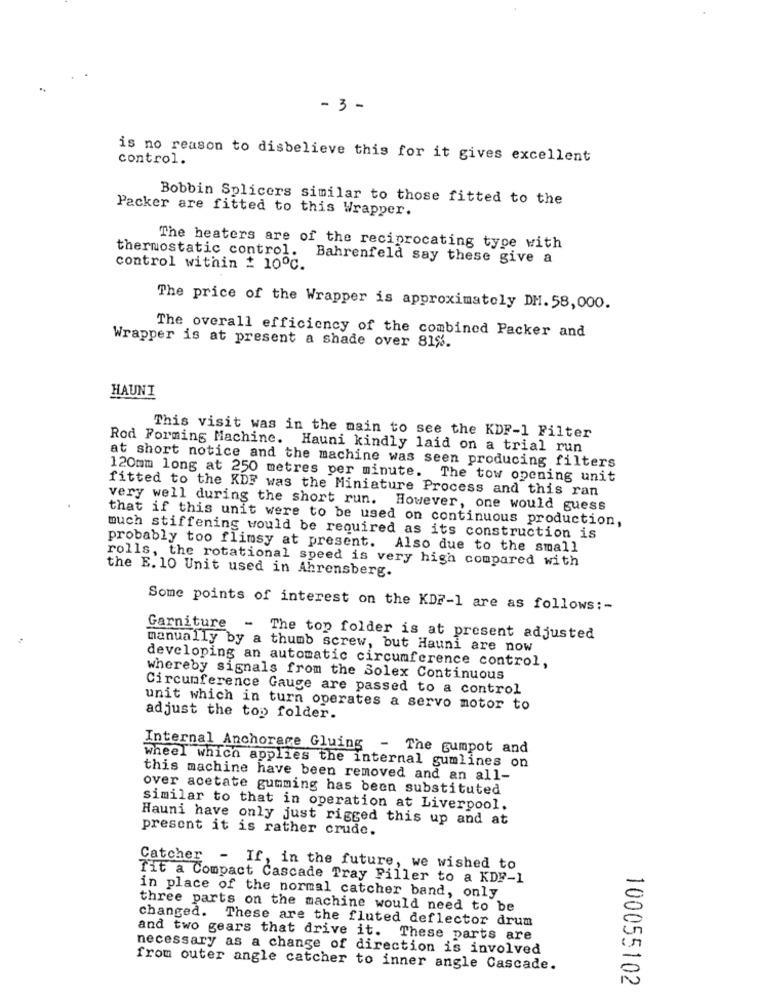
- 3 -
control.
is no reason to disbelieve this for it gives excellent
Bobbin Splicers similar to those fitted to the
Packer are fitted to this Wrapper.
thermostatic control.
The heaters are of the reciprocating type with
Bahrenfeld say these give a
control within # 10ºC.
The price of the Wrapper is approximately DH. 58,000.
The overall efficiency of the combined Packer and
Wrapper is at present a shade over 81%.
HAUNI
This visit was in the main to see the KDF-1 Filter
Rod Forming Machine. Hauni kindly laid on a trial run
at short notice and the machine was seen producing filters
120mm long at 250 metres per minute. The tow opening unit
fitted to the KDF was the Miniature Process and this ran
very well during the short run. However, one would guess
that if this unit were to be used on continuous production,
much stiffening would be required as its construction is
probably too flimsy at present. Also due to the small
rolls, the rotational speed is very high compared with
the E. 10 Unit used in Ahrensberg.
Some points of interest on the KDF-1 are as follows :-
Garniture - The top folder is at present adjusted
manually by a thumb screw, but Hauni are now
developing an automatic circumference control,
whereby signals from the Solex Continuous
Circumference Gauge are passed to a control
unit which in turn operates a servo motor to
adjust the top folder.
Internal Anchorage Gluing - The gumpot and
Wheel which applies the internal gumlines on
this machine have been removed and an all-
over acetate gumming has been substituted
similar to that in operation at Liverpool.
Hauni have only just rigged this up and at
present it is rather crude.
Catcher - If, in the future, we wished to
Tit a Compact Cascade Tray Filler to a KDF-1
in place of the normal catcher band, only
three parts on the machine would need to be
changed. These are the fluted deflector drum
and two gears that drive it. These parts are
necessary as a change of direction is involved
from outer angle catcher to inner angle Cascade.
100055102